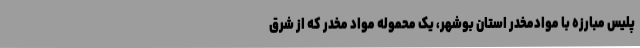
پلیس مبارزه با موادمخدر استان بوشهر، یک محموله مواد مخدر که از شرق